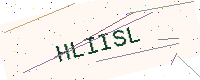
Text: HLIISL